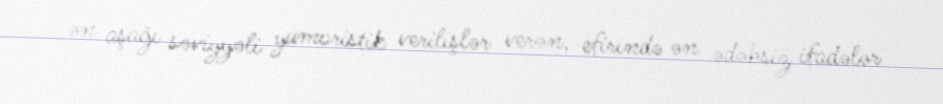
ən aşağı səviyyəli yumoristik verilişlər verən, efirində ən ədəbsiz ifadələr